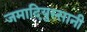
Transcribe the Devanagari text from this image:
जमादियुस्सानी